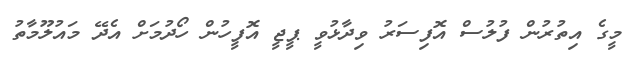
މީގެ އިތުރުން ފުލުސް އޮފިސަރު ވިދާޅުވީ ޕީޖީ އޮފީހުން ހޯދުމަށް އެދޭ މައުލޫމާތު